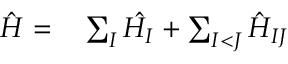
\begin{array} { r l } { \hat { H } = } & { { } \sum _ { I } \hat { H _ { I } } + \sum _ { I < J } \hat { H } _ { I J } } \end{array}